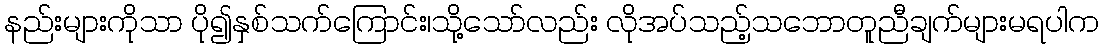
နည်းများကိုသာ ပို၍နှစ်သက်ကြောင်း၊သို့သော်လည်း လိုအပ်သည့်သဘောတူညီချက်များမရပါက